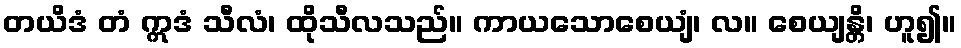
တယိဒံ တံ ဣဒံ သီလံ၊ ထိုသီလသည်။ ကာယသောစေယျံ၊ လ။ စေယျန္တိ၊ ဟူ၍။